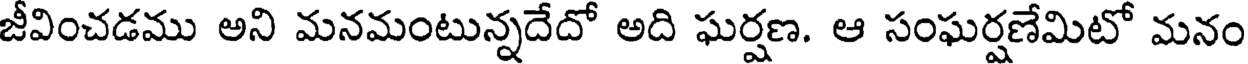
జీవించడము అని మనమంటున్నదేదో అది ఘర్షణ. ఆ సంఘర్షణేమిటో మనం